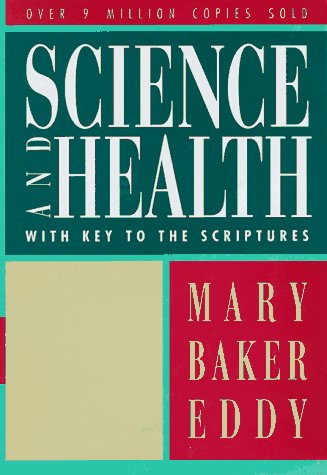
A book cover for Science and Health with Key to the Scriptures (Authorized, Trade Ed.); Mary Baker Eddy; Christian Books & Bibles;